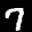
Label: 7